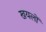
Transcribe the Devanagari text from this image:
खयलों